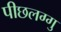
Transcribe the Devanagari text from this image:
पीछलग्गु